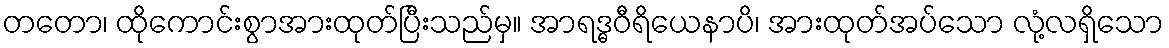
တတော၊ ထိုကောင်းစွာအားထုတ်ပြီးသည်မှ။ အာရဒ္ဓဝီရိယေနာပိ၊ အားထုတ်အပ်သော လုံ့လရှိသော